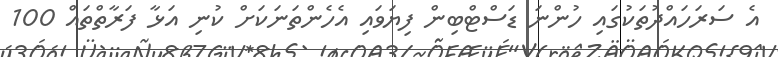
އެ ސަރަހައްދުތަކުގައި ހުންނަ ޑަސްޓްބިން ފިޔަވައި އެހެންތަނަކަށް ކުނި އަޅާ ފަރާތްތައް 100